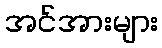
အင်အားများ